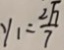
y _ { 1 } = \frac { 2 \sqrt { 7 } } { 7 }